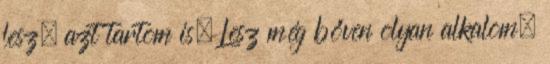
lesz, azt tartom is. Lesz még bőven olyan alkalom,